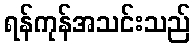
ရန်ကုန်အသင်းသည်